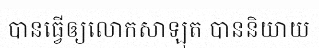
បានធ្វើឲ្យលោកសាឡុត បាននិយាយ